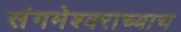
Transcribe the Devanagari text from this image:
संगमेश्वराच्याच